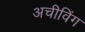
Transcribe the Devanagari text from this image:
अचीविंग